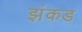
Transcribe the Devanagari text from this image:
झंकड